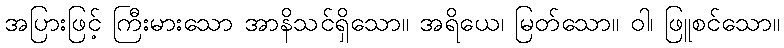
အပြားဖြင့် ကြီးမားသော အာနိသင်ရှိသော။ အရိယေ၊ မြတ်သော။ ဝါ၊ ဖြူစင်သော။